画像に写った文字を読んでください
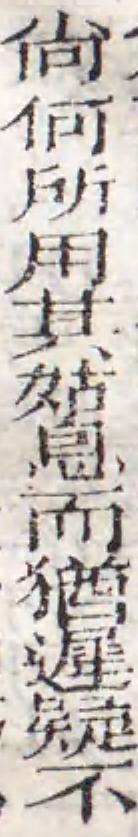
「尙何所用其姑息而猶遲疑不」と書いてあります